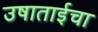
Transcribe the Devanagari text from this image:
उषाताईचा